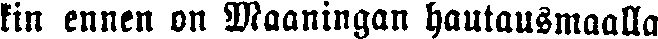
kin ennen on Maaningan hautausmaalla